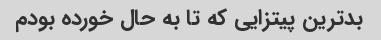
بدترین پیتزایی که تا به حال خورده بودم